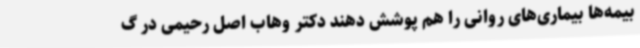
بیمه‌ها بیماری‌های روانی را هم پوشش دهند دکتر وهاب اصل رحیمی در گ